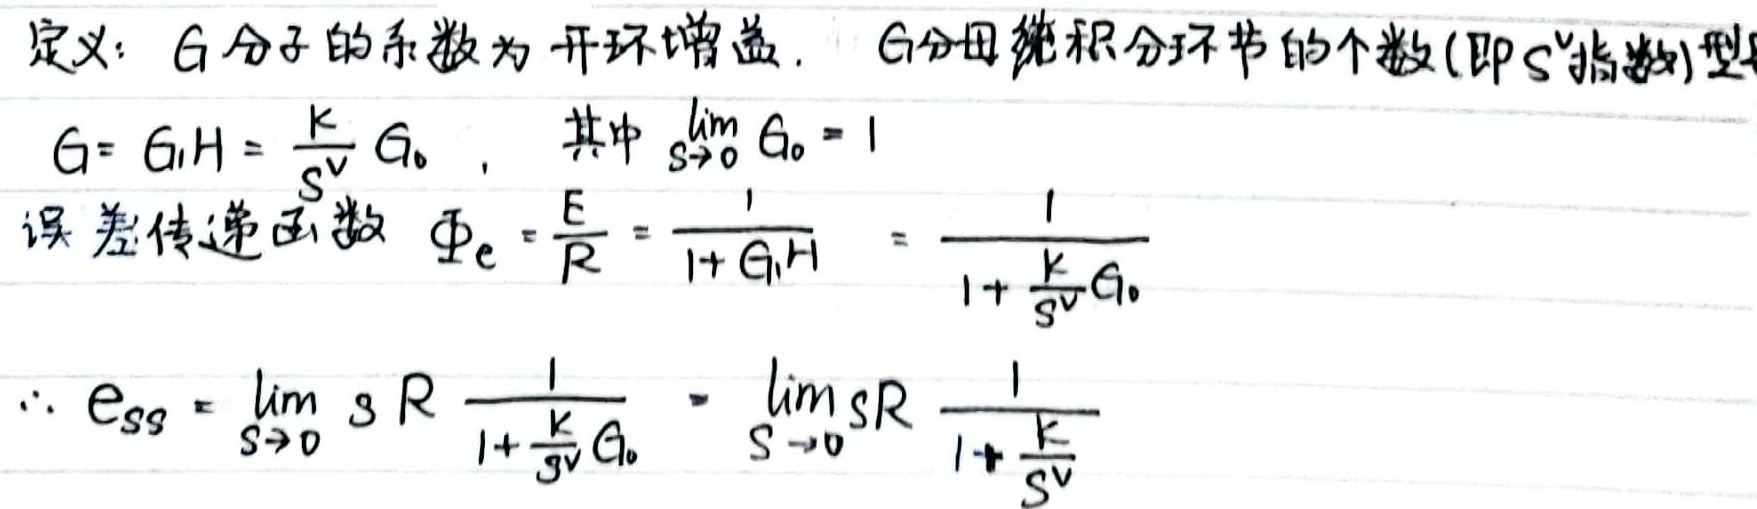
定义：\(G\) 分子的系数为开环增益，\(G\) 分母纯积分环节的个数 (即 \(s^{\nu}\) 指数) 称为型。\(G = G_1H=\frac{K}{s^{\nu}}G_0\)，其中 \(\lim_{s\rightarrow0}G_0 = 1\)。
误差传递函数 \(\Phi_e=\frac{E}{R}=\frac{1}{1 + G_1H}=\frac{1}{1+\frac{K}{s^{\nu}}G_0}\)。
\(\therefore e_{ss}=\lim_{s\rightarrow0}sR\frac{1}{1+\frac{K}{s^{\nu}}G_0}=\lim_{s\rightarrow0}sR\frac{1}{1+\frac{K}{s^{\nu}}}\)